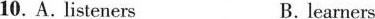
10.A. listeners B. learners